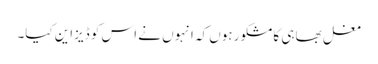
مغل بھاہی کا مشکور ہوں کہ انہوں نے اس کو ڈیزاین کیا۔